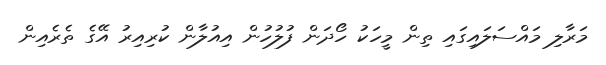
މަރާލި މައްސަލައިގައި ތިން މީހަކު ހޯދަން ފުލުހުން އިއުލާން ކުރިއިރު އޭގެ ތެރެއިން